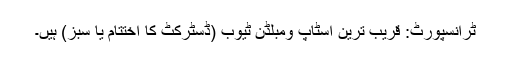
ٹرانسپورٹ: قریب ترین اسٹاپ ومبلڈن ٹیوب (ڈسٹرکٹ کا اختتام یا سبز) ہیں۔